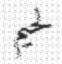
لحيم